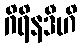
ဂိရိနဒီဟိ